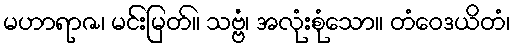
မဟာရာဇ၊ မင်းမြတ်။ သဗ္ဗံ၊ အလုံးစုံသော။ တံဝေဒယိတံ၊